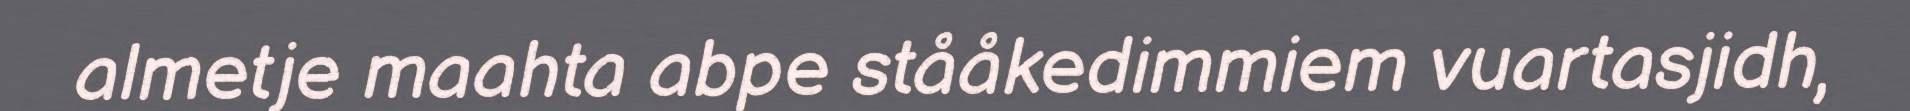
almetje maahta abpe stååkedimmiem vuartasjidh,